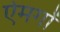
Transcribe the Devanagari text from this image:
ऐमगों